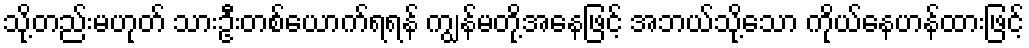
သို့တည်းမဟုတ် သားဦးတစ်ယောက်ရရန် ကျွန်မတို့အနေဖြင့် အဘယ်သို့သော ကိုယ်နေဟန်ထားဖြင့်